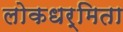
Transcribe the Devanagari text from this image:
लोकधर्मिता